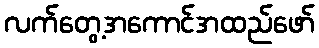
လက်တွေ့အကောင်အထည်ဖော်